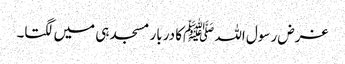
غرض رسول اللہ ﷺکا دربار مسجد ہی میں لگتا۔